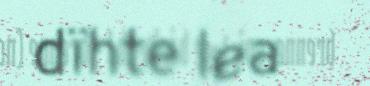
dïhte lea